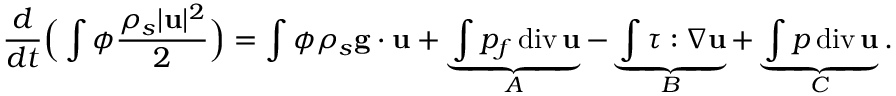
\frac { d } { d t } \Big ( \int \phi \frac { \rho _ { s } | { \bf u } | ^ { 2 } } { 2 } \Big ) = \int \phi \rho _ { s } { \bf g } \cdot { \bf u } + \underbrace { \int p _ { f } \, \mathrm { d i v } \, { \bf u } } _ { A } - \underbrace { \int \boldsymbol { \tau } : \nabla { \bf u } } _ { B } + \underbrace { \int p \, \mathrm { d i v } \, { \bf u } } _ { C } .